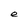
Character: e